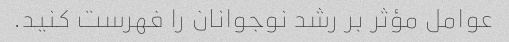
عوامل مؤثر بر رشد نوجوانان را فهرست کنید.